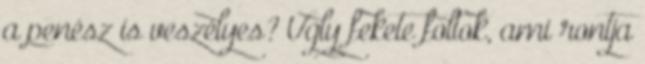
a penész is veszélyes? Ugly fekete foltok, ami rontja